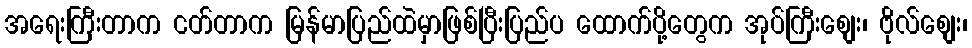
အရေးကြီးတာက ငတ်တာက မြန်မာပြည်ထဲမှာဖြစ်ပြီးပြည်ပ ထောက်ပို့တွေက အုပ်ကြီးစျေး၊ ဗိုလ်စျေး၊